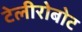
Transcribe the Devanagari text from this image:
टेलीरोबोट